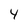
Character: 4